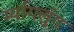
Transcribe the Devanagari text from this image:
म्यांगलुंग